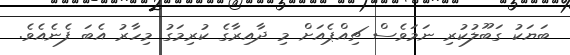
ބަޔަކު ގަބޫލުކުރި ނަމަވެސް ޗިއްޕެއަށް މި ދާއިރާގެ ކުރިމަގު މިހާރު އެބަ ފެނެއެވެ.